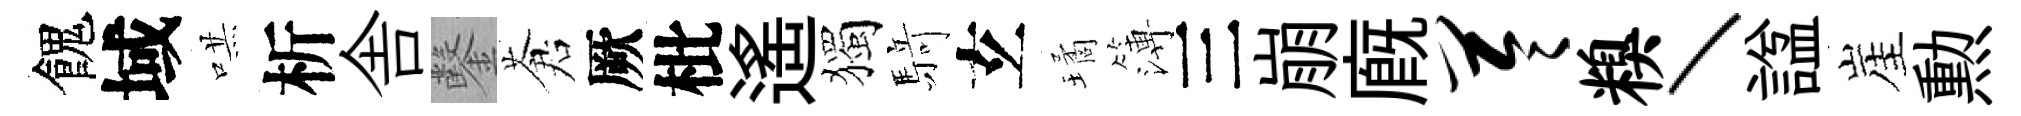
餽域哄析舎鑿蒼厥枇遙獨𮪍𤣥璚簿三崩廐苓糗丶諡崖勲